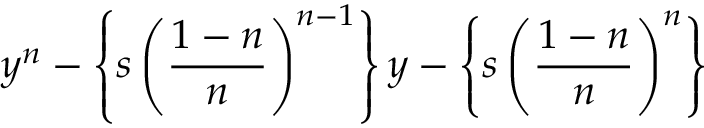
y ^ { n } - \left\{ s \left( { \frac { 1 - n } { n } } \right) ^ { n - 1 } \right\} y - \left\{ s \left( { \frac { 1 - n } { n } } \right) ^ { n } \right\}